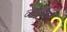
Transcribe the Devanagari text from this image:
व्लादिवर